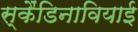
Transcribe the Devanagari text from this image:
स्कैंडिनावियाई